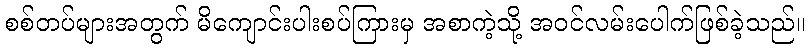
စစ်တပ်များအတွက် မိကျောင်းပါးစပ်ကြားမှ အစာကဲ့သို့ အဝင်လမ်းပေါက်ဖြစ်ခဲ့သည်။